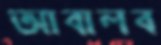
আবালব